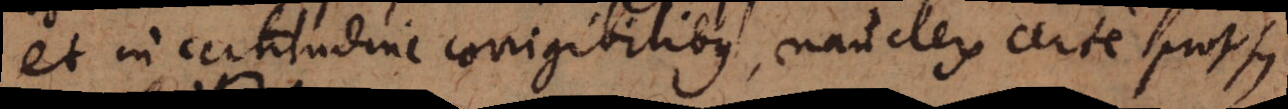
et incertitudine corrigibilibus, nauclerum certe prorsus